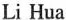
Li Hua